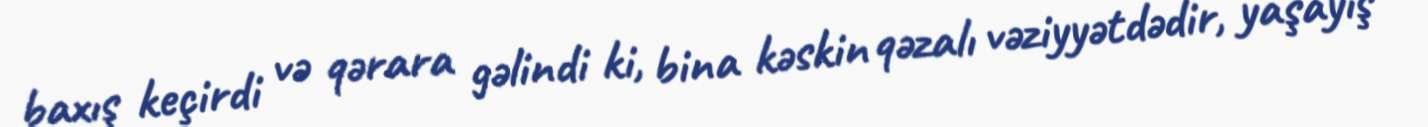
baxış keçirdi və qərara gəlindi ki, bina kəskin qəzalı vəziyyətdədir, yaşayış